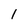
Character: 1